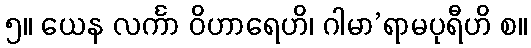
၅။ ယေန လင်္ကာ ဝိဟာရေဟိ၊ ဂါမာ’ရာမပုရီဟိ စ။